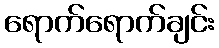
ရောက်ရောက်ချင်း